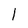
Character: I